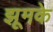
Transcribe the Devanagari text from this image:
झूमके